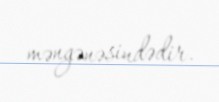
məngənəsindədir.